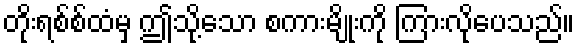
တိုးရစ်စ်ထံမှ ဤသို့သော စကားမျိုးကို ကြားလိုပေသည်။